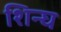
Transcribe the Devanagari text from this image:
शिन्घ